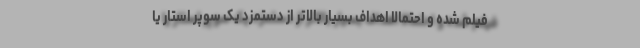
فیلم شده و احتمالا اهداف بسیار بالاتر از دستمزد یک سوپر استار یا